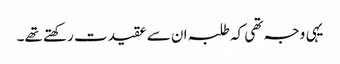
یہی وجہ تھی کہ طلبہ ان سے عقیدت رکھتے تھے۔